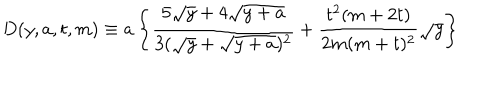
D ( y , a , t , m ) \equiv a \left\{ \frac { 5 \sqrt y + 4 \sqrt { y + a } } { 3 ( \sqrt y + \sqrt { y + a } ) ^ { 2 } } + \frac { t ^ { 2 } ( m + 2 t ) } { 2 m ( m + t ) ^ { 2 } } \sqrt y \right\}